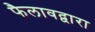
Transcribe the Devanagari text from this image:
फैलावद्वारा